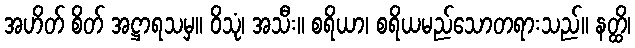
အဟိတ် စိတ် အဋ္ဌာရသမှ။ ဝိသုံ၊ အသီး။ စရိယာ၊ စရိယမည်သောတရားသည်။ နတ္ထိ၊